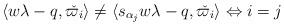
LaTeX: \begin{align*}\langle w\lambda-q,\check{\varpi_i}\rangle\neq \langle s_{\alpha_j}w\lambda-q,\check{\varpi_i}\rangle\Leftrightarrow i=j\end{align*}